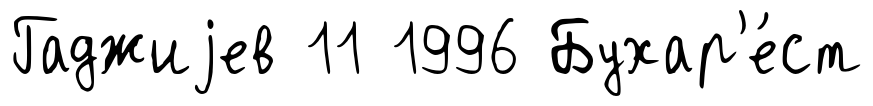
Гаджиjев 11 1996 Бухар'е́ст